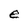
Character: e